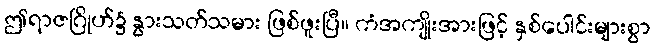
ဤရာဇဂြိုဟ်၌ နွားသတ်သမား ဖြစ်ဖူးပြီ။ ကံအကျိုးအားဖြင့် နှစ်ပေါင်းများစွာ